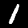
Digit: 1